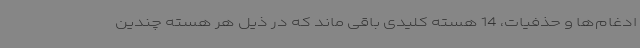
ادغام‌ها و حذفیات، 14 هسته کلیدی باقی ماند که در ذیل هر هسته چندین